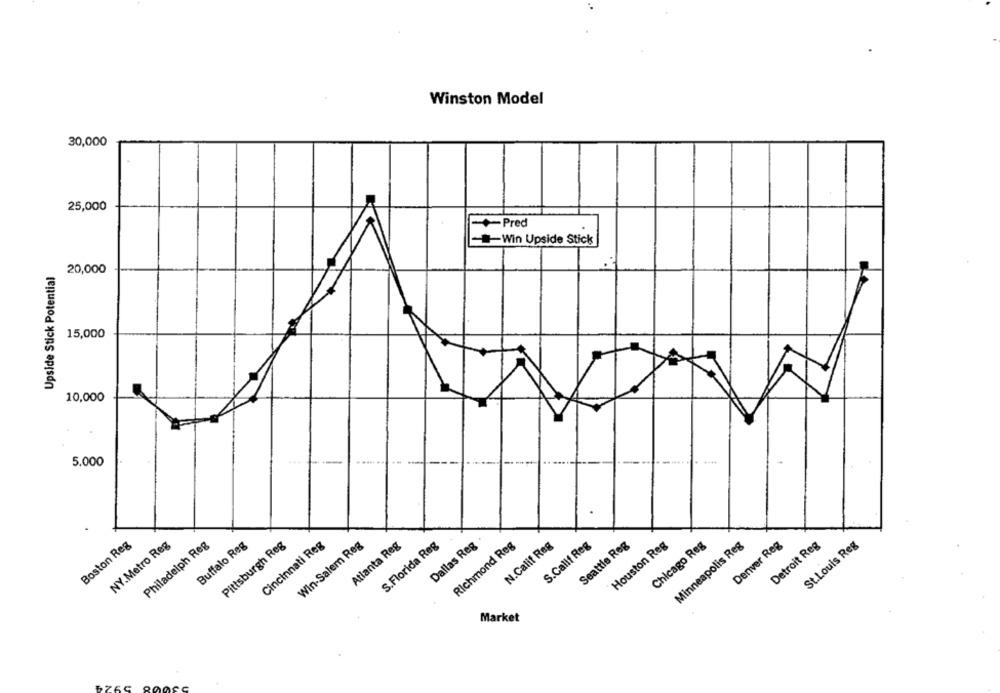
Winston Model
30,000
25,000
+Pred
Win Upside Stick
Upside Stick Potential
20,000
15,000
10,000
5.000
Boston Reg
Philadelph Reg
Buffalo Reg
Cincinnati Reg
N.Calif Reg
Seattle Reg
Houston Reg
Denver Reg
NY.Metro Reg
Pittsburgh Reg
Win-Salem Reg
Atlanta Reg
S.Florida Reg
Dallas Reg
Richmond Reg
S.Callf Reg
Chicago Reg
Minneapolis Reg
Detroit Reg
St.Louis Reg
Market